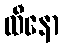
ထီနော